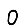
Digit: 0